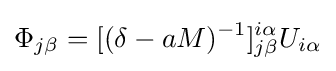
\Phi _{j\beta }=[(\delta -aM)^{-1}]_{j\beta }^{i\alpha }U_{i\alpha }